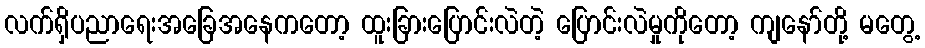
လက်ရှိပညာရေးအခြေအနေကတော့ ထူးခြားပြောင်းလဲတဲ့ ပြောင်းလဲမှုကိုတော့ ကျနော်တို့ မတွေ့